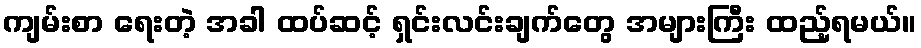
ကျမ်းစာ ရေးတဲ့ အခါ ထပ်ဆင့် ရှင်းလင်းချက်တွေ အများကြီး ထည့်ရမယ်။